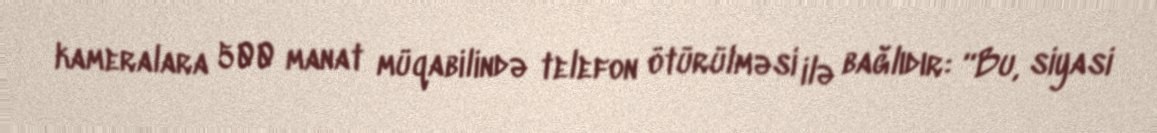
kameralara 500 manat müqabilində telefon ötürülməsi ilə bağlıdır: “Bu, siyasi